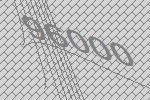
96000